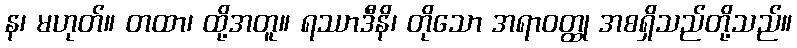
န၊ မဟုတ်။ တထာ၊ ထို့အတူ။ ရဿာဒီနိ၊ တိုသော အရာဝတ္ထု အစရှိသည်တို့သည်။